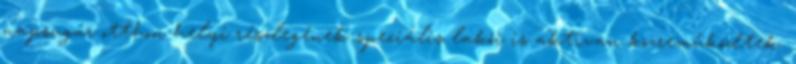
napsugár otthon helyi részlegének speciális lakói is aktívan közreműködtek.